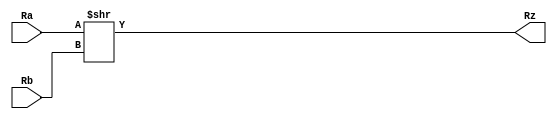
`timescale 1ns / 1ps



module Shr_32(
	input wire [31:0] Ra,
	input wire [31:0] Rb,
	output wire [31:0] Rz
	);
	//shift right Ra by Rb bits and assign to Rz

	assign Rz = Ra >> Rb;
	
endmodule